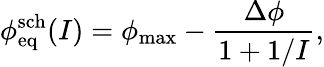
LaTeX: \phi_{\mathrm{eq}}^{\mathrm{sch}}(I)=\phi_{\mathrm{max}}-\frac{\Delta\phi}{1+1/I},